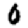
Digit: 0